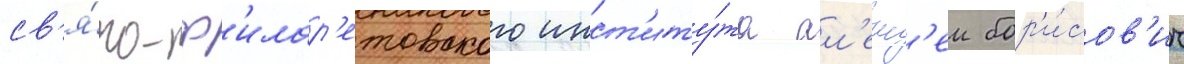
св'я́то-ф'илар'етовского инст'иту́та ал'екс'еи бор'и́сов'ич